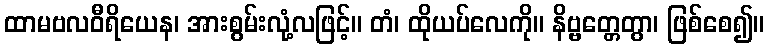
ထာမဗလဝီရိယေန၊ အားစွမ်းလုံ့လဖြင့်။ တံ၊ ထိုယပ်လေကို။ နိဗ္ဗတ္တေတွာ၊ ဖြစ်စေ၍။